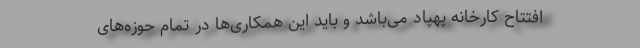
افتتاح کارخانه پهپاد می‌باشد و باید این همکاری‌ها در تمام حوزه‌های